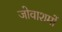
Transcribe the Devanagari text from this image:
जोवाशमों